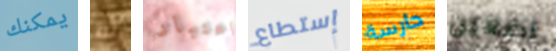
يمكنك أنه اعتبار إستطاع حارسة تضعين